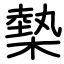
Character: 槷